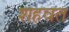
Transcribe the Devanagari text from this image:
शहवत